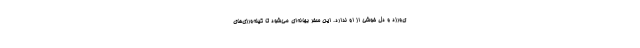
ى‌ورزد و دل خوشی از او ندارد. این سفر بهانه‌ای مى‌شود تا کینه‌ورزی‌های